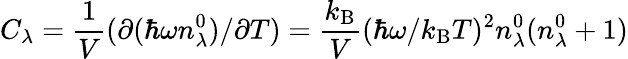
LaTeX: C_{\lambda}=\frac{1}{V}(\partial(\hbar\omega n_{\lambda}^{0})/\partial T)=\frac{k_{\mathrm{B}}}{V}(\hbar\omega/k_{\mathrm{B}}T)^{2}n_{\lambda}^{0}(n_{\lambda}^{0}+1)